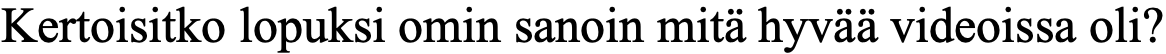
Kertoisitko lopuksi omin sanoin mitä hyvää videoissa oli?